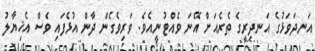
އަނދަވަޅުގެ އަނދިރީގެ ތެރެއަށް އޭނަ ވެއްޓުނީއެވެ. ވަރިވެގެން ދާން އުޅެފައި ވެސް އެޚިޔާލު